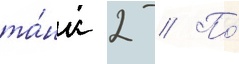
та́нк 2 // По́